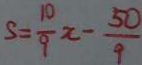
S = \frac { 1 0 } { 9 } x - \frac { 5 0 } { 9 }